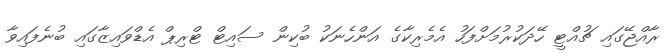
ރާއްޖޭގައި ޗުއްޓީ ހޭދަކުރުމަށްފަހު އެމެރިކާގެ އަންހެނަކު ބުކިން ސައިޓް ޓްރިޕް އެޑްވައިޒާގައި ބުނެފައިވާ